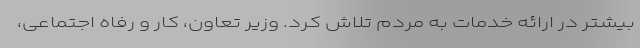
بیشتر در ارائه خدمات به مردم تلاش کرد. وزیر تعاون، کار و رفاه اجتماعی،